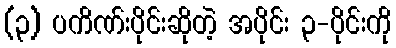
(၃) ပကိဏ်းပိုင်းဆိုတဲ့ အပိုင်း ၃-ပိုင်းကို